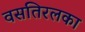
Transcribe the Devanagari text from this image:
वसतिरलका